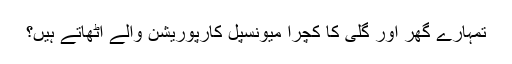
تمہارے گھر اور گلی کا کچرا میونسپل کارپوریشن والے اٹھاتے ہیں؟